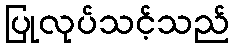
ပြုလုပ်သင့်သည်